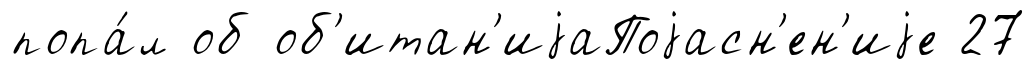
попа́л об об'итан'иjаПоjасн'ен'иjе 27